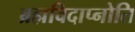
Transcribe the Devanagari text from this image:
ब्रह्मविदाप्नोति